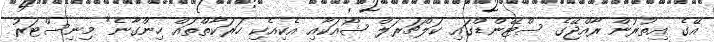
އޭގެ އިތުރުން ރާއްޖޭގެ ސްޓޭންޑްގައި ކަލްޗަރަލް ޝޯއަކާއި އެކިއެކި ހަރަކާތްތައް ހިންގާނެ" މިނިސްޓަރު